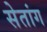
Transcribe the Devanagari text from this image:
सेतांग